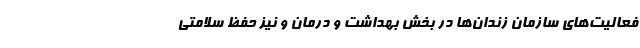
فعالیت‌های سازمان زندان‌ها در بخش بهداشت و درمان و نیز حفظ سلامتی